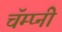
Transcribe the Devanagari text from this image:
चॅम्प्नी